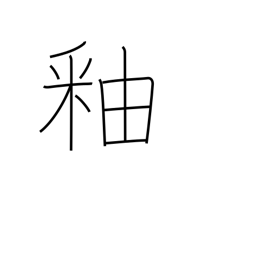
Meaning: glaze